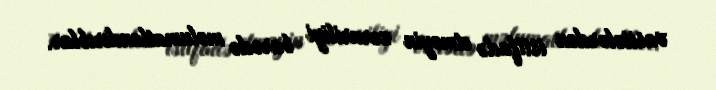
vasitələrdən istifadə etməyin zəruriliyi barədə məlumatlandırıblar.